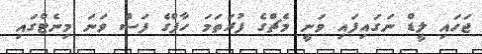
ޖަހައި ލީޑް ނަގައިފައި ވަނީ މެޗްގެ ފުރަތަމަ ހާފްގެ ފަސް ވަނަ މިނެޓްގައި